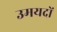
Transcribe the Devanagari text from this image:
उमयदों